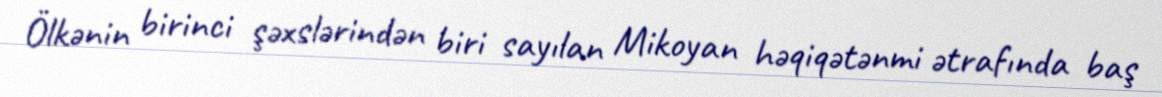
Ölkənin birinci şəxslərindən biri sayılan Mikoyan həqiqətənmi ətrafında baş